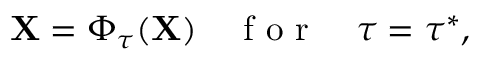
\mathbf { X } = \boldsymbol { \Phi } _ { \tau } ( \mathbf { X } ) \quad \textrm { f o r } \quad \tau = \tau ^ { * } ,